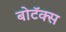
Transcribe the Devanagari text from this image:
बोटॅक्स